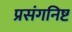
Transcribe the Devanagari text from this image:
प्रसंगनिष्ट